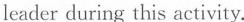
leader during this activity.